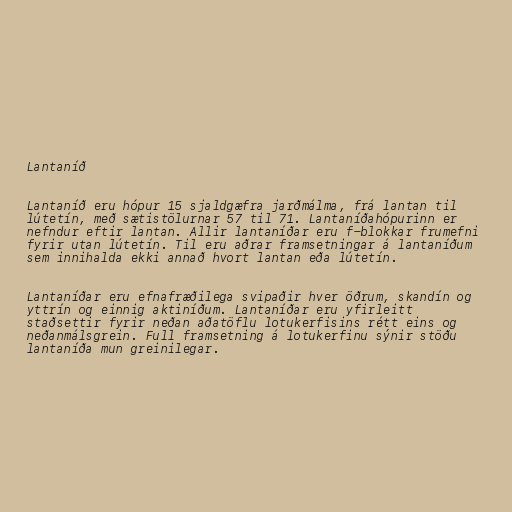
Lantaníð

Lantaníð eru hópur 15 sjaldgæfra jarðmálma, frá lantan til
lútetín, með sætistölurnar 57 til 71. Lantaníðahópurinn er
nefndur eftir lantan. Allir lantaníðar eru f-blokkar frumefni
fyrir utan lútetín. Til eru aðrar framsetningar á lantaníðum
sem innihalda ekki annað hvort lantan eða lútetín.

Lantaníðar eru efnafræðilega svipaðir hver öðrum, skandín og
yttrín og einnig aktiníðum. Lantaníðar eru yfirleitt
staðsettir fyrir neðan aðatöflu lotukerfisins rétt eins og
neðanmálsgrein. Full framsetning á lotukerfinu sýnir stöðu
lantaníða mun greinilegar.